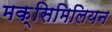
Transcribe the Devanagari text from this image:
मक्सिमिलियन